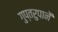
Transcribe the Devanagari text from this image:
गुप्तरुपानें